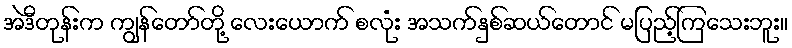
အဲဒီတုန်းက ကျွန်တော်တို့ လေးယောက် စလုံး အသက်နှစ်ဆယ်တောင် မပြည့်ကြသေးဘူး။